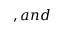
, a n d